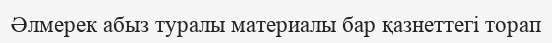
Әлмерек абыз туралы материалы бар қазнеттегі торап